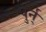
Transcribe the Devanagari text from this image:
पुर्न्